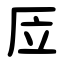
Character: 㕇